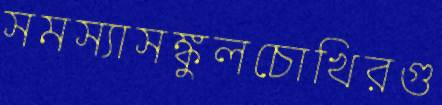
সমস্যাসঙ্কুলচোখিরগু